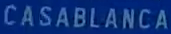
CASABLANCA